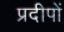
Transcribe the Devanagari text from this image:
प्रदीपों